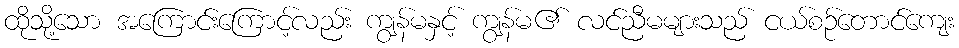
ထိုသို့သော အကြောင်းကြောင့်လည်း ကျွန်မနှင့် ကျွန်မ၏ လင်ညီမများသည် ငယ်စဉ်တောင်ကျေး